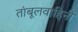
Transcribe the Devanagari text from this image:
तांबूलवाहिनी